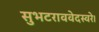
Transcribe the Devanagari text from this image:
सुभटराववेदस्वरे।